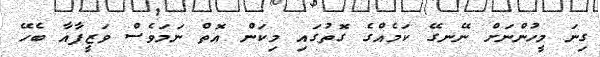
ގިނަ މީހުންނަށް ނޭނގޭ ކަމެއްގެ ގޮތުގައި މިކަން އޮތް ނަމަވެސް ވަޒީފާއާ ބެހޭ